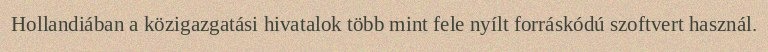
Hollandiában a közigazgatási hivatalok több mint fele nyílt forráskódú szoftvert használ.